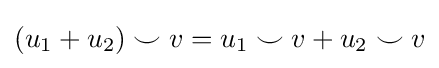
(u_{1}+u_{2})\smile v=u_{1}\smile v+u_{2}\smile v